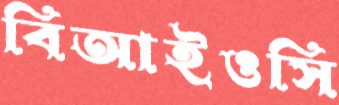
বিআইওসি